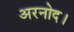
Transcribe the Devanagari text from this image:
अरनोद।